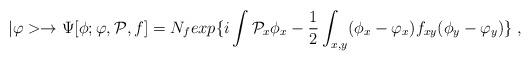
LaTeX: \begin{align*}|\varphi> \to \Psi[\phi;\varphi,{\cal P},f]= N_f exp\{i\int {\cal P}_x\phi_x -{\frac {1}{2}}\int_{x,y}(\phi_x - \varphi_x)f_{xy} (\phi_y - \varphi_y)\} \;,\end{align*}